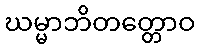
ဃမ္မာဘိတတ္တောဝ